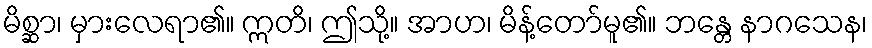
မိစ္ဆာ၊ မှားလေရာ၏။ ဣတိ၊ ဤသို့။ အာဟ၊ မိန့်တော်မူ၏။ ဘန္တေ နာဂသေန၊